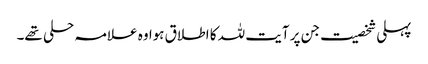
پہلی شخصیت جن پر آیت للہ کا اطلاق ہوا وہ علامہ حلی تھے۔